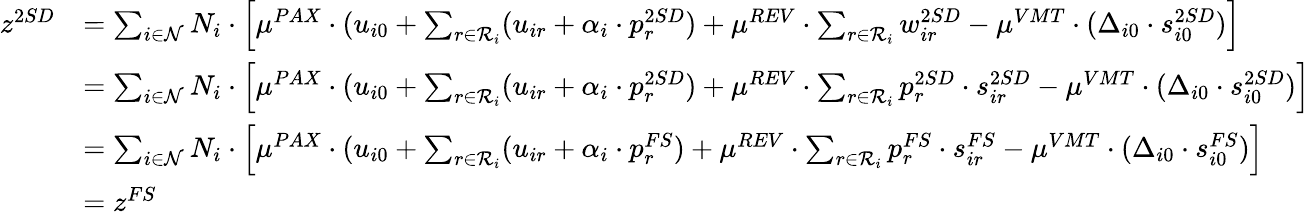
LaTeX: \begin{array}{rl}{z^{2SD}}&{=\sum_{i\in\mathcal{N}}N_{i}\cdot\Big[\mu^{PAX}\cdot(u_{i0}+\sum_{r\in\mathcal{R}_{i}}(u_{ir}+\alpha_{i}\cdot p_{r}^{2SD})+\mu^{REV}\cdot\sum_{r\in\mathcal{R}_{i}}w_{ir}^{2SD}-\mu^{VMT}\cdot(\Delta_{i0}\cdot s_{i0}^{2SD})\Big]}\\ &{=\sum_{i\in\mathcal{N}}N_{i}\cdot\Big[\mu^{PAX}\cdot(u_{i0}+\sum_{r\in\mathcal{R}_{i}}(u_{ir}+\alpha_{i}\cdot p_{r}^{2SD})+\mu^{REV}\cdot\sum_{r\in\mathcal{R}_{i}}p_{r}^{2SD}\cdot s_{ir}^{2SD}-\mu^{VMT}\cdot(\Delta_{i0}\cdot s_{i0}^{2SD})\Big]}\\ &{=\sum_{i\in\mathcal{N}}N_{i}\cdot\Big[\mu^{PAX}\cdot(u_{i0}+\sum_{r\in\mathcal{R}_{i}}(u_{ir}+\alpha_{i}\cdot p_{r}^{FS})+\mu^{REV}\cdot\sum_{r\in\mathcal{R}_{i}}p_{r}^{FS}\cdot s_{ir}^{FS}-\mu^{VMT}\cdot(\Delta_{i0}\cdot s_{i0}^{FS})\Big]}\\ &{=z^{FS}}\end{array}